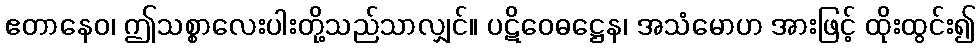
ဧတာနေဝ၊ ဤသစ္စာလေးပါးတို့သည်သာလျှင်။ ပဋိဝေဓဋ္ဌေန၊ အသံမောဟ အားဖြင့် ထိုးထွင်း၍